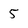
Character: 5